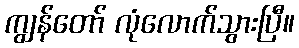
ကျွန်တော် လုံလောက်သွားပြီ။